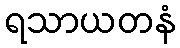
ရသာယတနံ